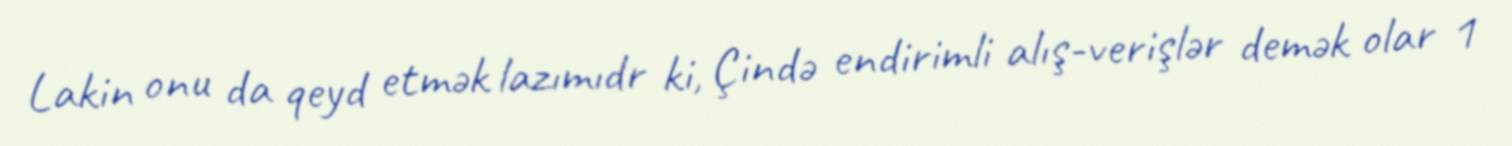
Lakin onu da qeyd etmək lazımıdr ki, Çində endirimli alış-verişlər demək olar 1